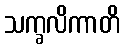
သက္ခလိကာတိ